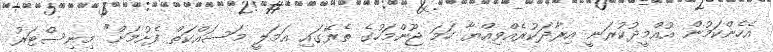
އެހެންކަމުން އުއްމީދުކުރަނީ އިރާދަކުރެއްވިއްޔާ ހަމަ ޖޫންމަހުގެ ތެރޭގައި އަމަލީ މަސައްކަތް ފެށުމަށް" މިނިސްޓަރު